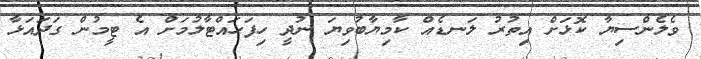
ވެލެންސިޔާ ކޮޅަށް އިތުރު ލަނޑެއް ކާމިޔާބުވިޔަ ނުދީ ހިފަހައްޓާލުމަށް އެ ޓީމުން ގަދައަޅާ